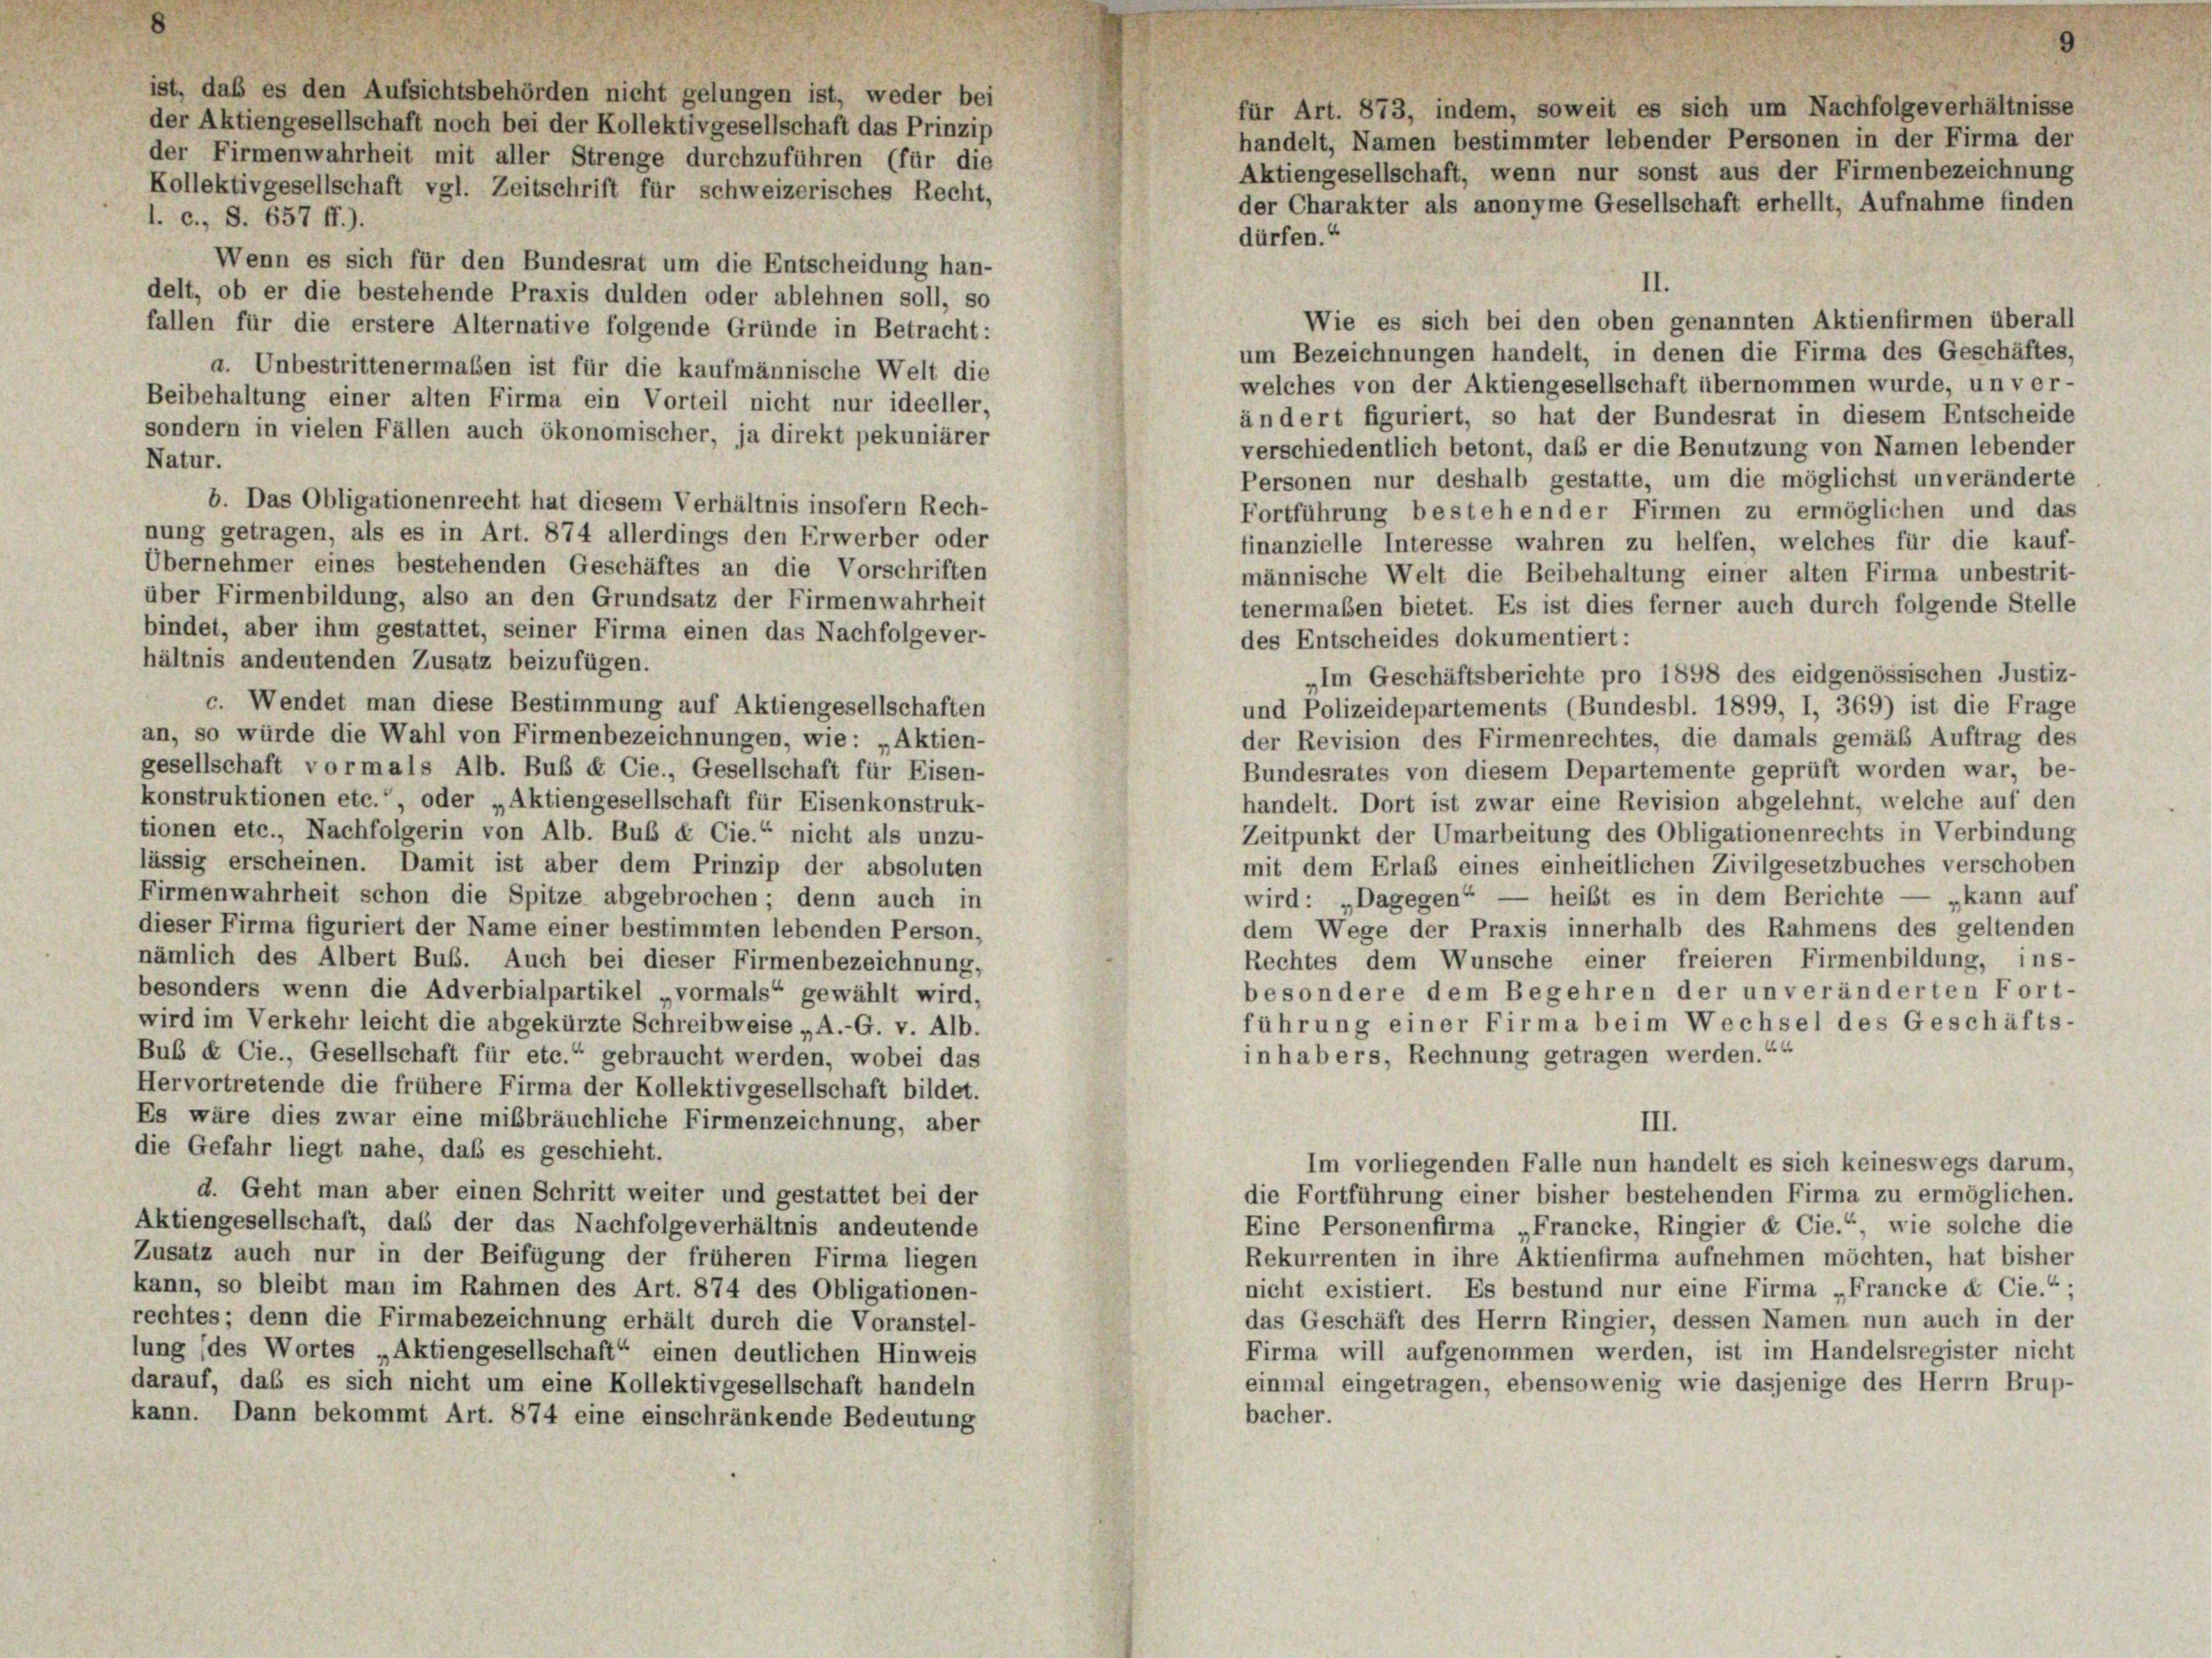
ist, daß es den Aufsichtsbehörden nicht gelungen ist, weder bei
der Aktiengesellschaft noch bei der Kollektivgesellschaft das Prinzip
der Firmenwahrheit mit aller Strenge durchzuführen (für die

Kollektivgesellschaft vgl. Zeitschrift für schweizerisches Recht,
l. c., S. 657 ff.).
dürfen.“
Wenn es sich für den Bundesrat um die Entscheidung han-
delt, ob er die bestehende Praxis dulden oder ablehnen soll, so
Wie es sich bei den oben genannten Aktienfirmen überall
fallen für die erstere Alternative folgende Gründe in Betracht:
um Bezeichnungen handelt, in denen die Firma des Geschäftes,
a. Unbestrittenermaßen ist für die kaufmännische Welt die
welches von der Aktiengesellschaft übernommen wurde, un ver-
Beibehaltung einer alten Firma ein Vorteil nicht nur ideeller,
ändert figuriert, so hat der Bundesrat in diesem Entscheide
sondern in vielen Fällen auch ökonomischer, ja direkt pekuniärer
verschiedentlich betont, daß er die Benutzung von Namen lebender
Natur.
Personen nur deshalb gestatte, um die möglichst unveränderte
b. Das Obligationenrecht hat diesem Verhältnis insofern Rech-
Fortführung bestehender Firmen zu ermöglichen und das
nung getragen, als es in Art. 874 allerdings den Erwerber oder
finanzielle Interesse wahren zu helfen, welches für die kauf-
Übernehmer eines bestehenden Geschäftes an die Vorschriften
männische Welt die Beibehaltung einer alten Firma unbestrit-
über Firmenbildung, also an den Grundsatz der Firmenwahrheit
tenermaben bietet. Es ist dies ferner auch durch folgende Stelle
bindet, aber ihm gestattet, seiner Firma einen das Nachfolgever-
des Entscheides dokumentiert:
hältnis andeutenden Zusatz beizufügen.
„Im Geschäftsberichte pro 1898 des eidgenössischen Justiz-
c. Wendet man diese Bestimmung auf Aktiengesellschaften
und Polizeidepartements (Bundesbl. 1899, I, 369) ist die Frage
an, so würde die Wahl von Firmenbezeichnungen, wie: „Aktien-
der Revision des Firmenrechtes, die damals gemäß Auftrag des
gesellschaft vormals Alb. Bub & Cie., Gesellschaft für Eisen-
Bundesrates von diesem Departemente geprüft worden war, be-
konstruktionen etc.“ oder „Aktiengesellschaft für Eisenkonstruk-
handelt. Dort ist zwar eine Revision abgelehnt, welche auf den
tionen etc., Nachfolgerin von Alb. Bub & Cie.“ nicht als unzu-
Zeitpunkt der Umarbeitung des Obligationenrechts in Verbindung
lässig erscheinen. Damit ist aber dem Prinzip der absoluten
mit dem Erlaß eines einheitlichen Zivilgesetzbuches verschoben
Firmenwahrheit schon die Spitze abgebrochen; denn auch in
wird: „Dagegen“ — heißt es in dem Berichte — „kann auf
dieser Firma figuriert der Name einer bestimmten lebenden Person,
dem Wege der Praxis innerhalb des Rahmens des geltenden
nämlich des Albert Buß. Auch bei dieser Firmenbezeichnung,
Rechtes dem Wunsche einer freieren Firmenbildung, ins-
besonders wenn die Adverbialpartikel vormals“ gewählt wird,
besondere dem Begehren der unveränderten Fort-
wird im Verkehr leicht die abgekürzte Schreibweise „A.-G. v. Alb.
führung einer Firma beim Wechsel des Geschäfts-
Bub & Cie., Gesellschaft für etc.“ gebraucht werden, wobei das
in habers, Rechnung getragen werden.““
Hervortretende die frühere Firma der Kollektivgesellschaft bildet.
Es wäre dies zwar eine mißbräuchliche Firmenzeichnung, aber
III.
die Gefahr liegt nahe, daß es geschieht.
Im vorliegenden Falle nun handelt es sich keineswegs darum,
d. Geht man aber einen Schritt weiter und gestattet bei der
die Fortführung einer bisher bestehenden Firma zu ermöglichen.
Aktiengesellschaft, daß der das Nachfolgeverhältnis andeutende
Eine Personenfirma „Francke, Ringier & Cie.“ wie solche die
Zusatz auch nur in der Beifügung der früheren Firma liegen
Rekurrenten in ihre Aktienfirma aufnehmen möchten, hat bisher
kann, so bleibt man im Rahmen des Art. 874 des Obligationen-
nicht existiert. Es bestund nur eine Firma „Francke & Cie.“ ;
rechtes; denn die Firmabezeichnung erhält durch die Voranstel-
das Geschäft des Herrn Ringier, dessen Namen nun auch in der
lung (des Wortes „Aktiengesellschaft“ einen deutlichen Hinweis
Firma will aufgenommen werden, ist im Handelsregister nicht
darauf, daß es sich nicht um eine Kollektivgesellschaft handeln
einmal eingetragen, ebensowenig wie dasjenige des Herrn Brup-
bacher.
kann. Dann bekommt Art. 874 eine einschränkende Bedeutung

für Art. 873, indem, soweit es sich um Nachfolge verhältnisse
handelt, Namen bestimmter lebender Personen in der Firma der
Aktiengesellschaft, wenn nur sonst aus der Firmenbezeichnung
der Charakter als anonyme Gesellschaft erhellt, Aufnahme finden

II.